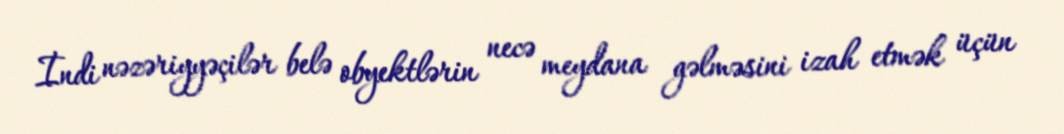
İndi nəzəriyyəçilər belə obyektlərin necə meydana gəlməsini izah etmək üçün